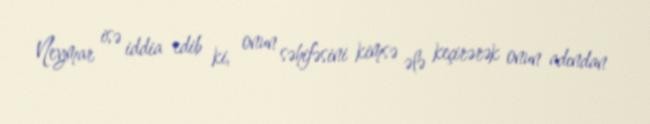
Neymar isə iddia edib ki, onun səhifəsini kimsə ələ keçirərək onun adından